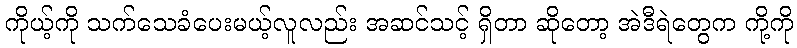
ကိုယ့်ကို သက်သေခံပေးမယ့်လူလည်း အဆင်သင့် ရှိတာ ဆိုတော့ အဲဒီရဲတွေက ကို့ကို